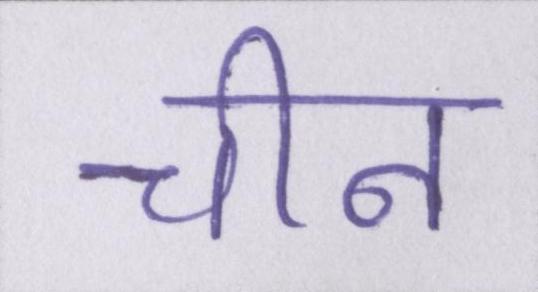
चीन